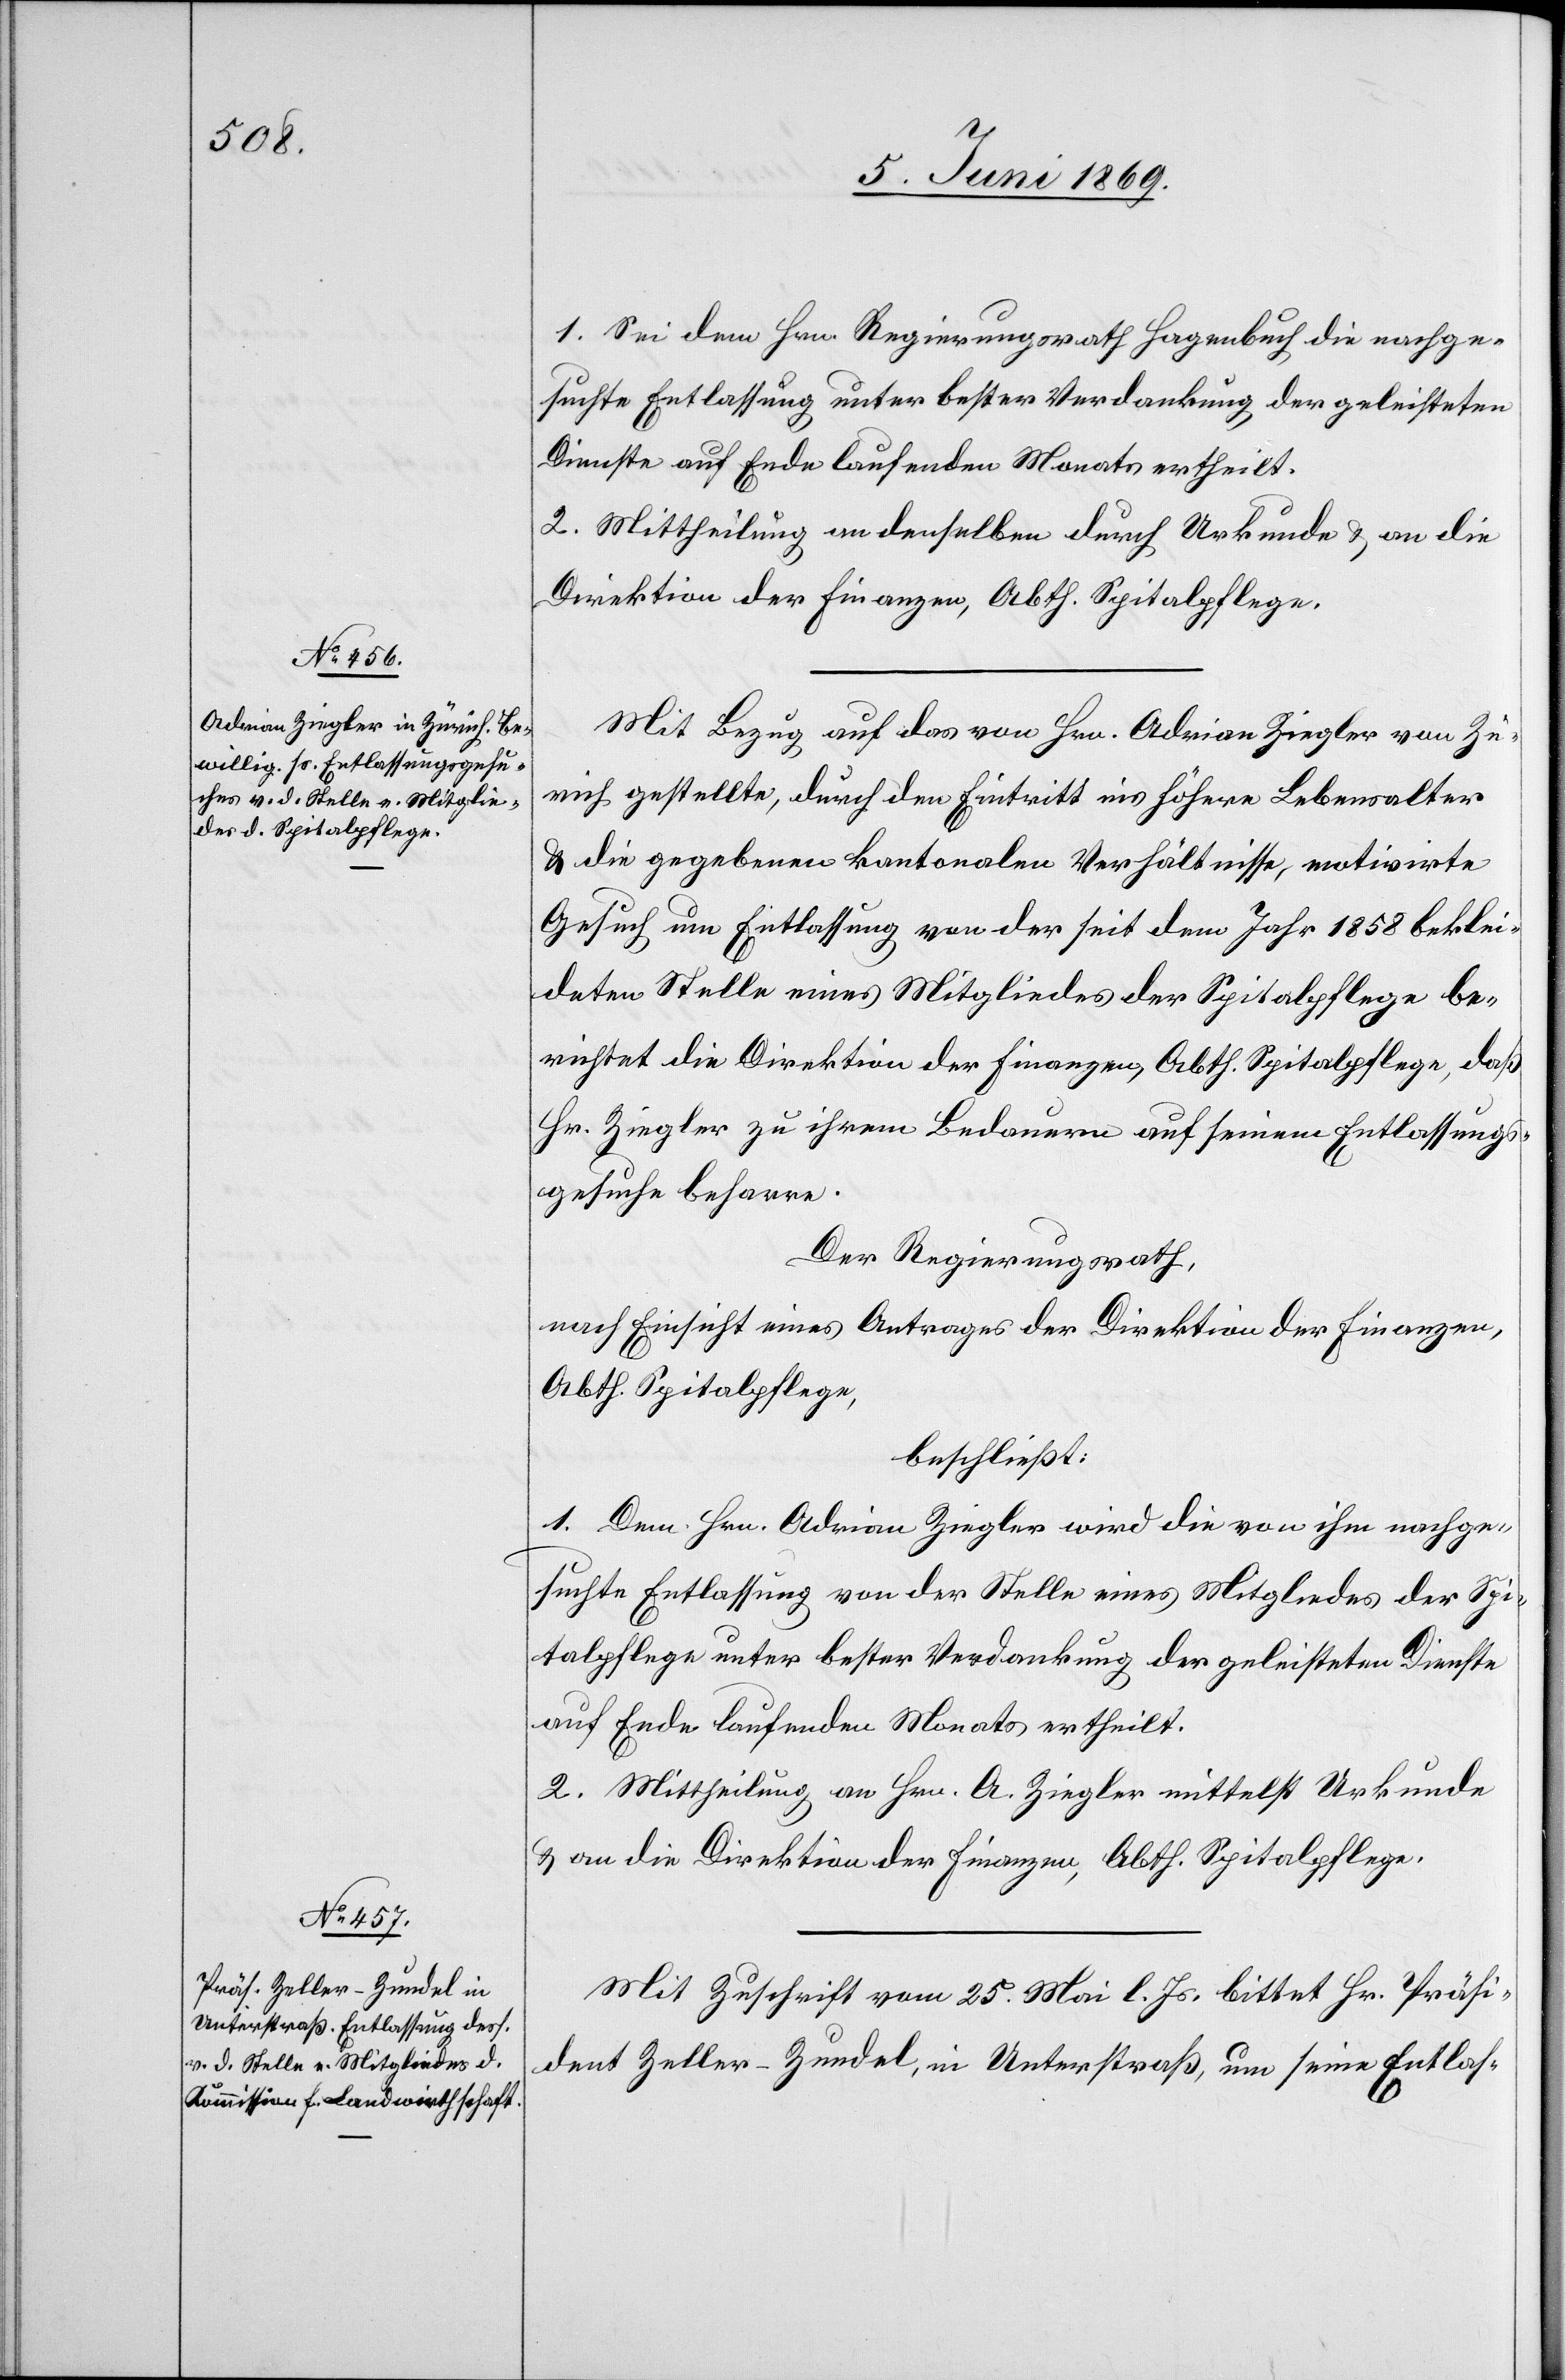
1. Sei dem Hrn. Regierungsrath Hagenbuch die nachge¬
suchte Entlassung unter bester Verdankung der geleisteten
Dienste auf Ende laufenden Monats ertheilt.
2. Mittheilung an denselben durch Urkunde u. an die
Direktion der Finanzen, Abth. Spitalpflege.
Mit Bezug auf das von Hrn. Adrian Ziegler von Zü¬
rich gestellte, durch den Eintritt ins höhere Lebensalter
u. die gegebenen kantonalen Verhältnisse, motivirte
Gesuch um Entlassung von der seit dem Jahr 1858 beklei¬
deten Stelle eine Mitgliedes der Spitalpflege be¬
richtet die Direktion der Finanzen, Abth. Spitalpflege, daß
Hr. Ziegler zu ihrem Bedauern auf seinem Entlassungs¬
gesuche beharre.
Der Regierungsrath,
nach Einsicht eines Antrages der Direktion der Finanzen,
Abth. Spitalpflege,
beschließt:
1. Dem Hrn. Adrian Ziegler wird die von ihm nachge¬
suchte Entlassung von der Stelle eines Mitgliedes der Spi¬
talpflege unter bester Verdankung der geleisteten Dienste
auf Ende laufenden Monats ertheilt.
2. Mittheilung an Hrn. A. Ziegler mittelst Urkunde
u. an die Direktion der Finanzen, Abth. Spitalpflege.
Mit Zuschrift vom 25 Mai l. Js. bittet Hr. Präsi¬
dent Zeller-Zundel, in Unterstraß, um seine Entlas-